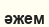
әжем